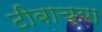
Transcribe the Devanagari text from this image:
टीबाच्या